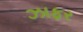
ઝાફર